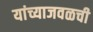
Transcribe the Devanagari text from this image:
यांच्याजवळची